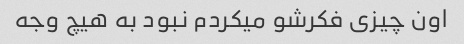
اون چیزی فکرشو میکردم نبود به هیچ وجه